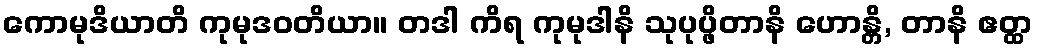
ကောမုဒိယာတိ ကုမုဒဝတိယာ။ တဒါ ကိရ ကုမုဒါနိ သုပုပ္ဖိတာနိ ဟောန္တိ, တာနိ ဧတ္ထ